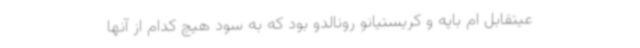
عیتقابل ام باپه و کریستیانو رونالدو بود که به سود هیچ کدام از آنها